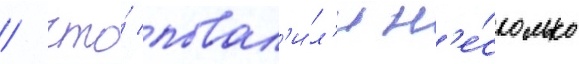
/ что́ повал'и́л'и н'е́сколько